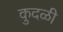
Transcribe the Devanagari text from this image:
कुदळी